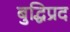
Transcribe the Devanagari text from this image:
बुद्धिप्रद